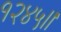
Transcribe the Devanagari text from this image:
१२४५।।